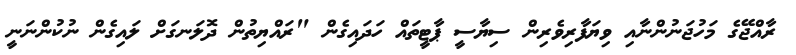
ރާއްޖޭގެ މަހުޖަނުންނާއި ވިޔަފާރިވެރިން ސިޔާސީ ޕާޓީތައް ހަދައިގެން "ރައްޔިތުން ދޮލަނގަށް ލައިގެން ނުކުންނަނީ